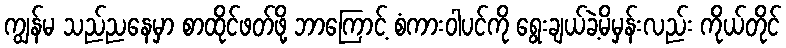
ကျွန်မ သည်ညနေမှာ စာထိုင်ဖတ်ဖို့ ဘာကြောင့် စံကားဝါပင်ကို ရွေးချယ်ခဲ့မိမှန်းလည်း ကိုယ်တိုင်